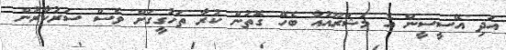
އަދި އޭސީސީން އެ މަޝްރޫއުއާ ބެހޭ ގޮތުން ކުރާ ތަހުގީގަށް ވެސް ސަރުކާރުން